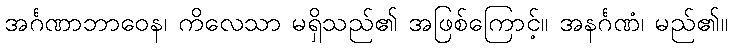
အင်္ဂဏာဘာဝေန၊ ကိလေသာ မရှိသည်၏ အဖြစ်ကြောင့်။ အနင်္ဂဏံ၊ မည်၏။